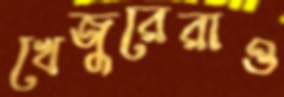
খেজুরেরাও